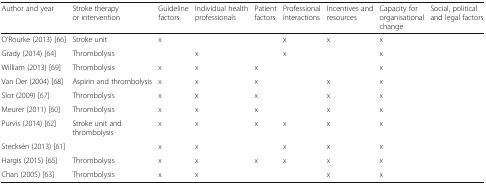
<table><thead><tr><td><b>Author and year</b></td><td><b>Stroke therapy or intervention</b></td><td><b>Guideline factors</b></td><td><b>Individual health professionals</b></td><td><b>Patient factors</b></td><td><b>Professional interactions</b></td><td><b>Incentives and resources</b></td><td><b>Capacity for organisational change</b></td><td><b>Social, political and legal factors</b></td></tr></thead><tbody><tr><td>O’Rourke (2013) [66]</td><td>Stroke unit</td><td>x</td><td></td><td></td><td>x</td><td>x</td><td>x</td><td></td></tr><tr><td>Grady (2014) [64]</td><td>Thrombolysis</td><td></td><td>x</td><td></td><td>x</td><td></td><td>x</td><td></td></tr><tr><td>William (2013) [69]</td><td>Thrombolysis</td><td>x</td><td>x</td><td>x</td><td></td><td></td><td>x</td><td></td></tr><tr><td>Van Der (2004) [68]</td><td>Aspirin and thrombolysis</td><td>x</td><td>x</td><td>x</td><td></td><td>x</td><td>x</td><td></td></tr><tr><td>Slot (2009) [67]</td><td>Thrombolysis</td><td>x</td><td>x</td><td>x</td><td></td><td>x</td><td>x</td><td></td></tr><tr><td>Meurer (2011) [60]</td><td>Thrombolysis</td><td>x</td><td>x</td><td>x</td><td></td><td>x</td><td>x</td><td></td></tr><tr><td>Purvis (2014) [62]</td><td>Stroke unit and thrombolysis</td><td>x</td><td>x</td><td>x</td><td>x</td><td>x</td><td>x</td><td></td></tr><tr><td>Stecksén (2013) [61]</td><td></td><td>x</td><td>x</td><td></td><td>x</td><td>x</td><td>x</td><td></td></tr><tr><td>Hargis (2015) [65]</td><td>Thrombolysis</td><td>x</td><td>x</td><td>x</td><td>x</td><td>x</td><td>x</td><td></td></tr><tr><td>Chan (2005) [63]</td><td>Thrombolysis</td><td>x</td><td>x</td><td></td><td></td><td>x</td><td>x</td><td></td></tr></tbody></table>